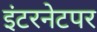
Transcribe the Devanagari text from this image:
इंटरनेटपर